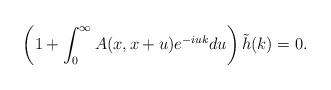
LaTeX: \begin{align*}\left( 1 + \int_0^\infty A(x,x+u)e^{-iuk}du \right)\tilde{h}(k) = 0.\end{align*}